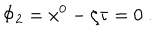
\Phi _ { 2 } = x ^ { 0 } - \zeta \tau = 0 ~ .